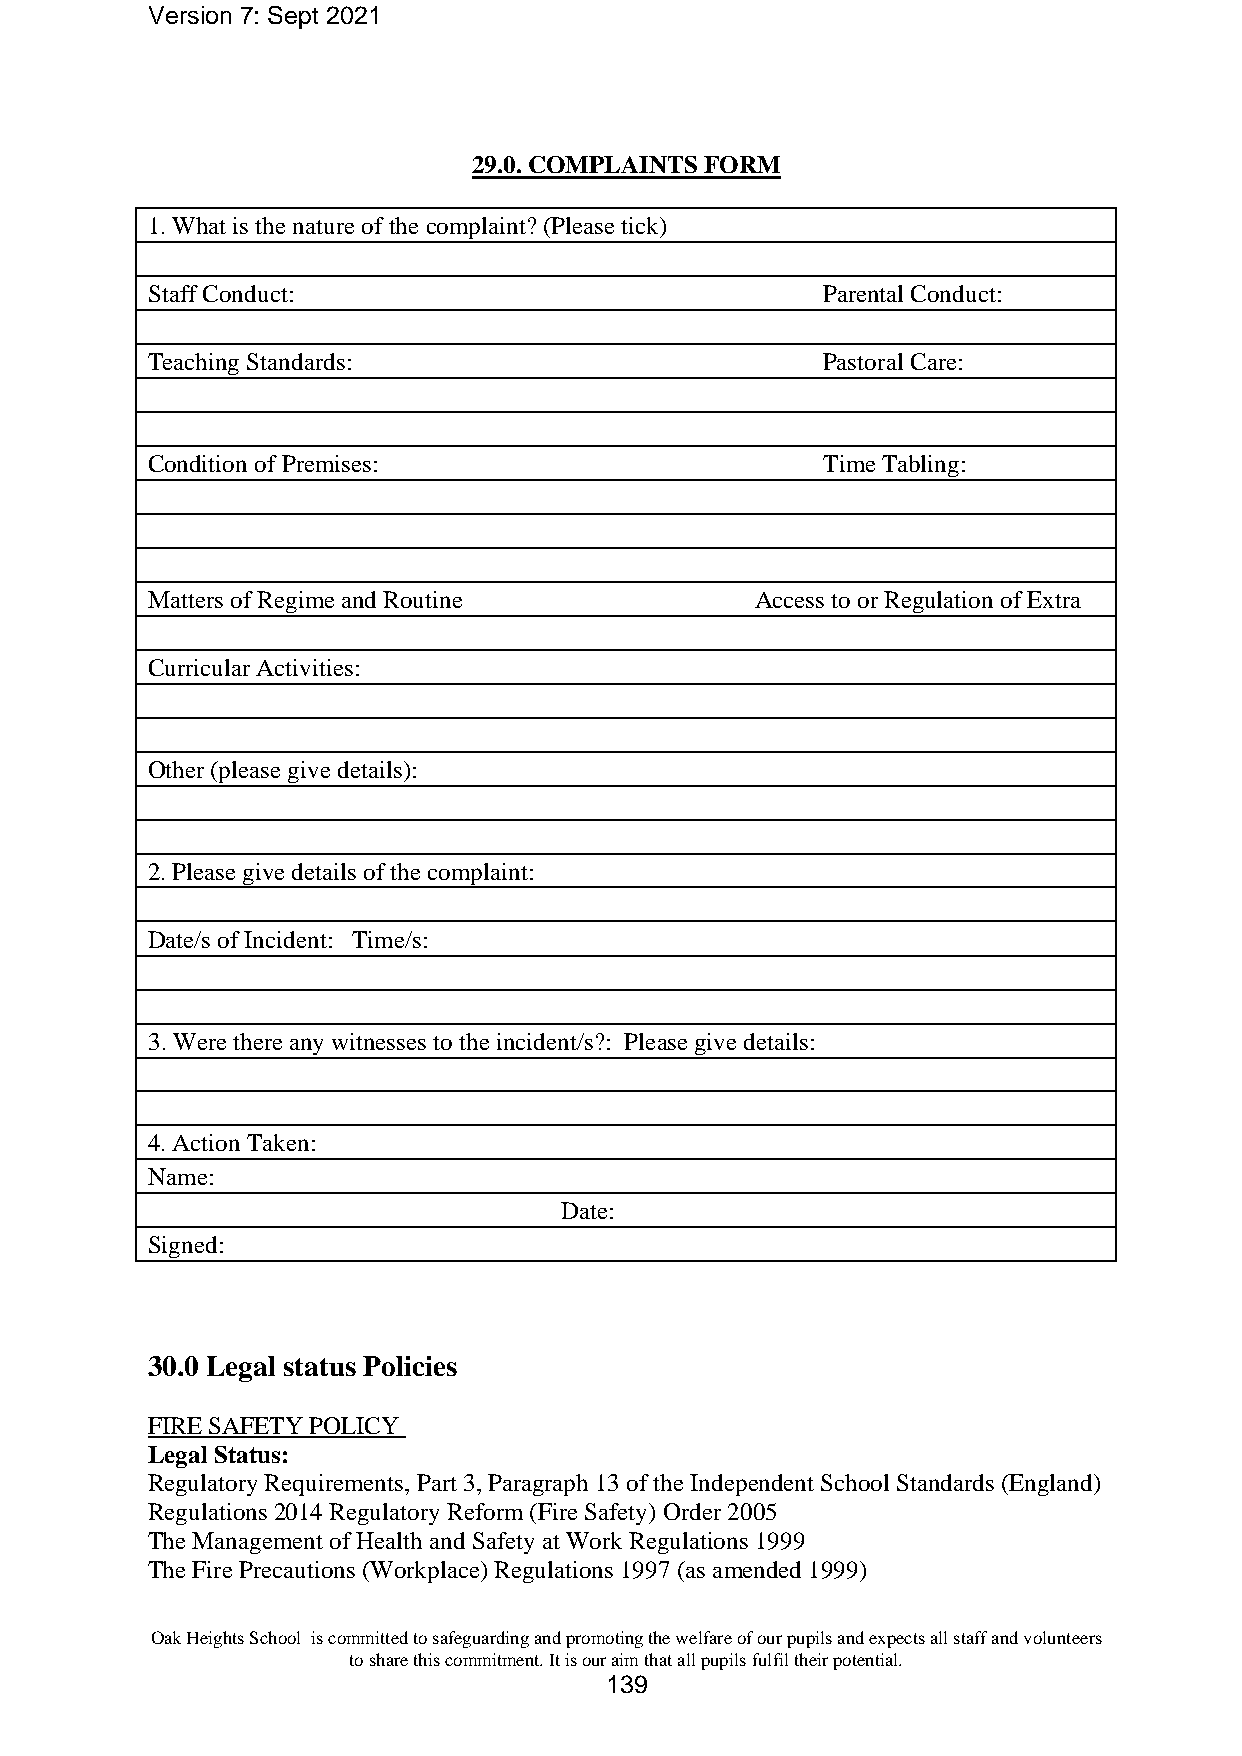
Version 7: Sept 2021
 29.0. COMPLAINTS FORM
 1. What is the nature of the complaint? (Please tick)
 Staff Conduct:                              Parental Conduct:
 Teaching Standards:                         Pastoral Care:
 Condition of Premises:                      Time Tabling:
 Matters of Regime and Routine           Access to or Regulation of Extra
 Curricular Activities:
 Other (please give details):
 2. Please give details of the complaint:
 Date/s of Incident: Time/s:
 3. Were there any witnesses to the incident/s?: Please give details:
 4. Action Taken:
 Name:
 Date:
 Signed:
 30.0 Legal status Policies
 FIRE SAFETY POLICY
 Legal Status:
 Regulatory Requirements, Part 3, Paragraph 13 of the Independent School Standards (England)
 Regulations 2014 Regulatory Reform (Fire Safety) Order 2005
 The Management of Health and Safety at Work Regulations 1999
 The Fire Precautions (Workplace) Regulations 1997 (as amended 1999)
 Oak Heights School is committed to safeguarding and promoting the welfare of our pupils and expects all staff and volunteers
 to share this commitment. It is our aim that all pupils fulfil their potential.
 139